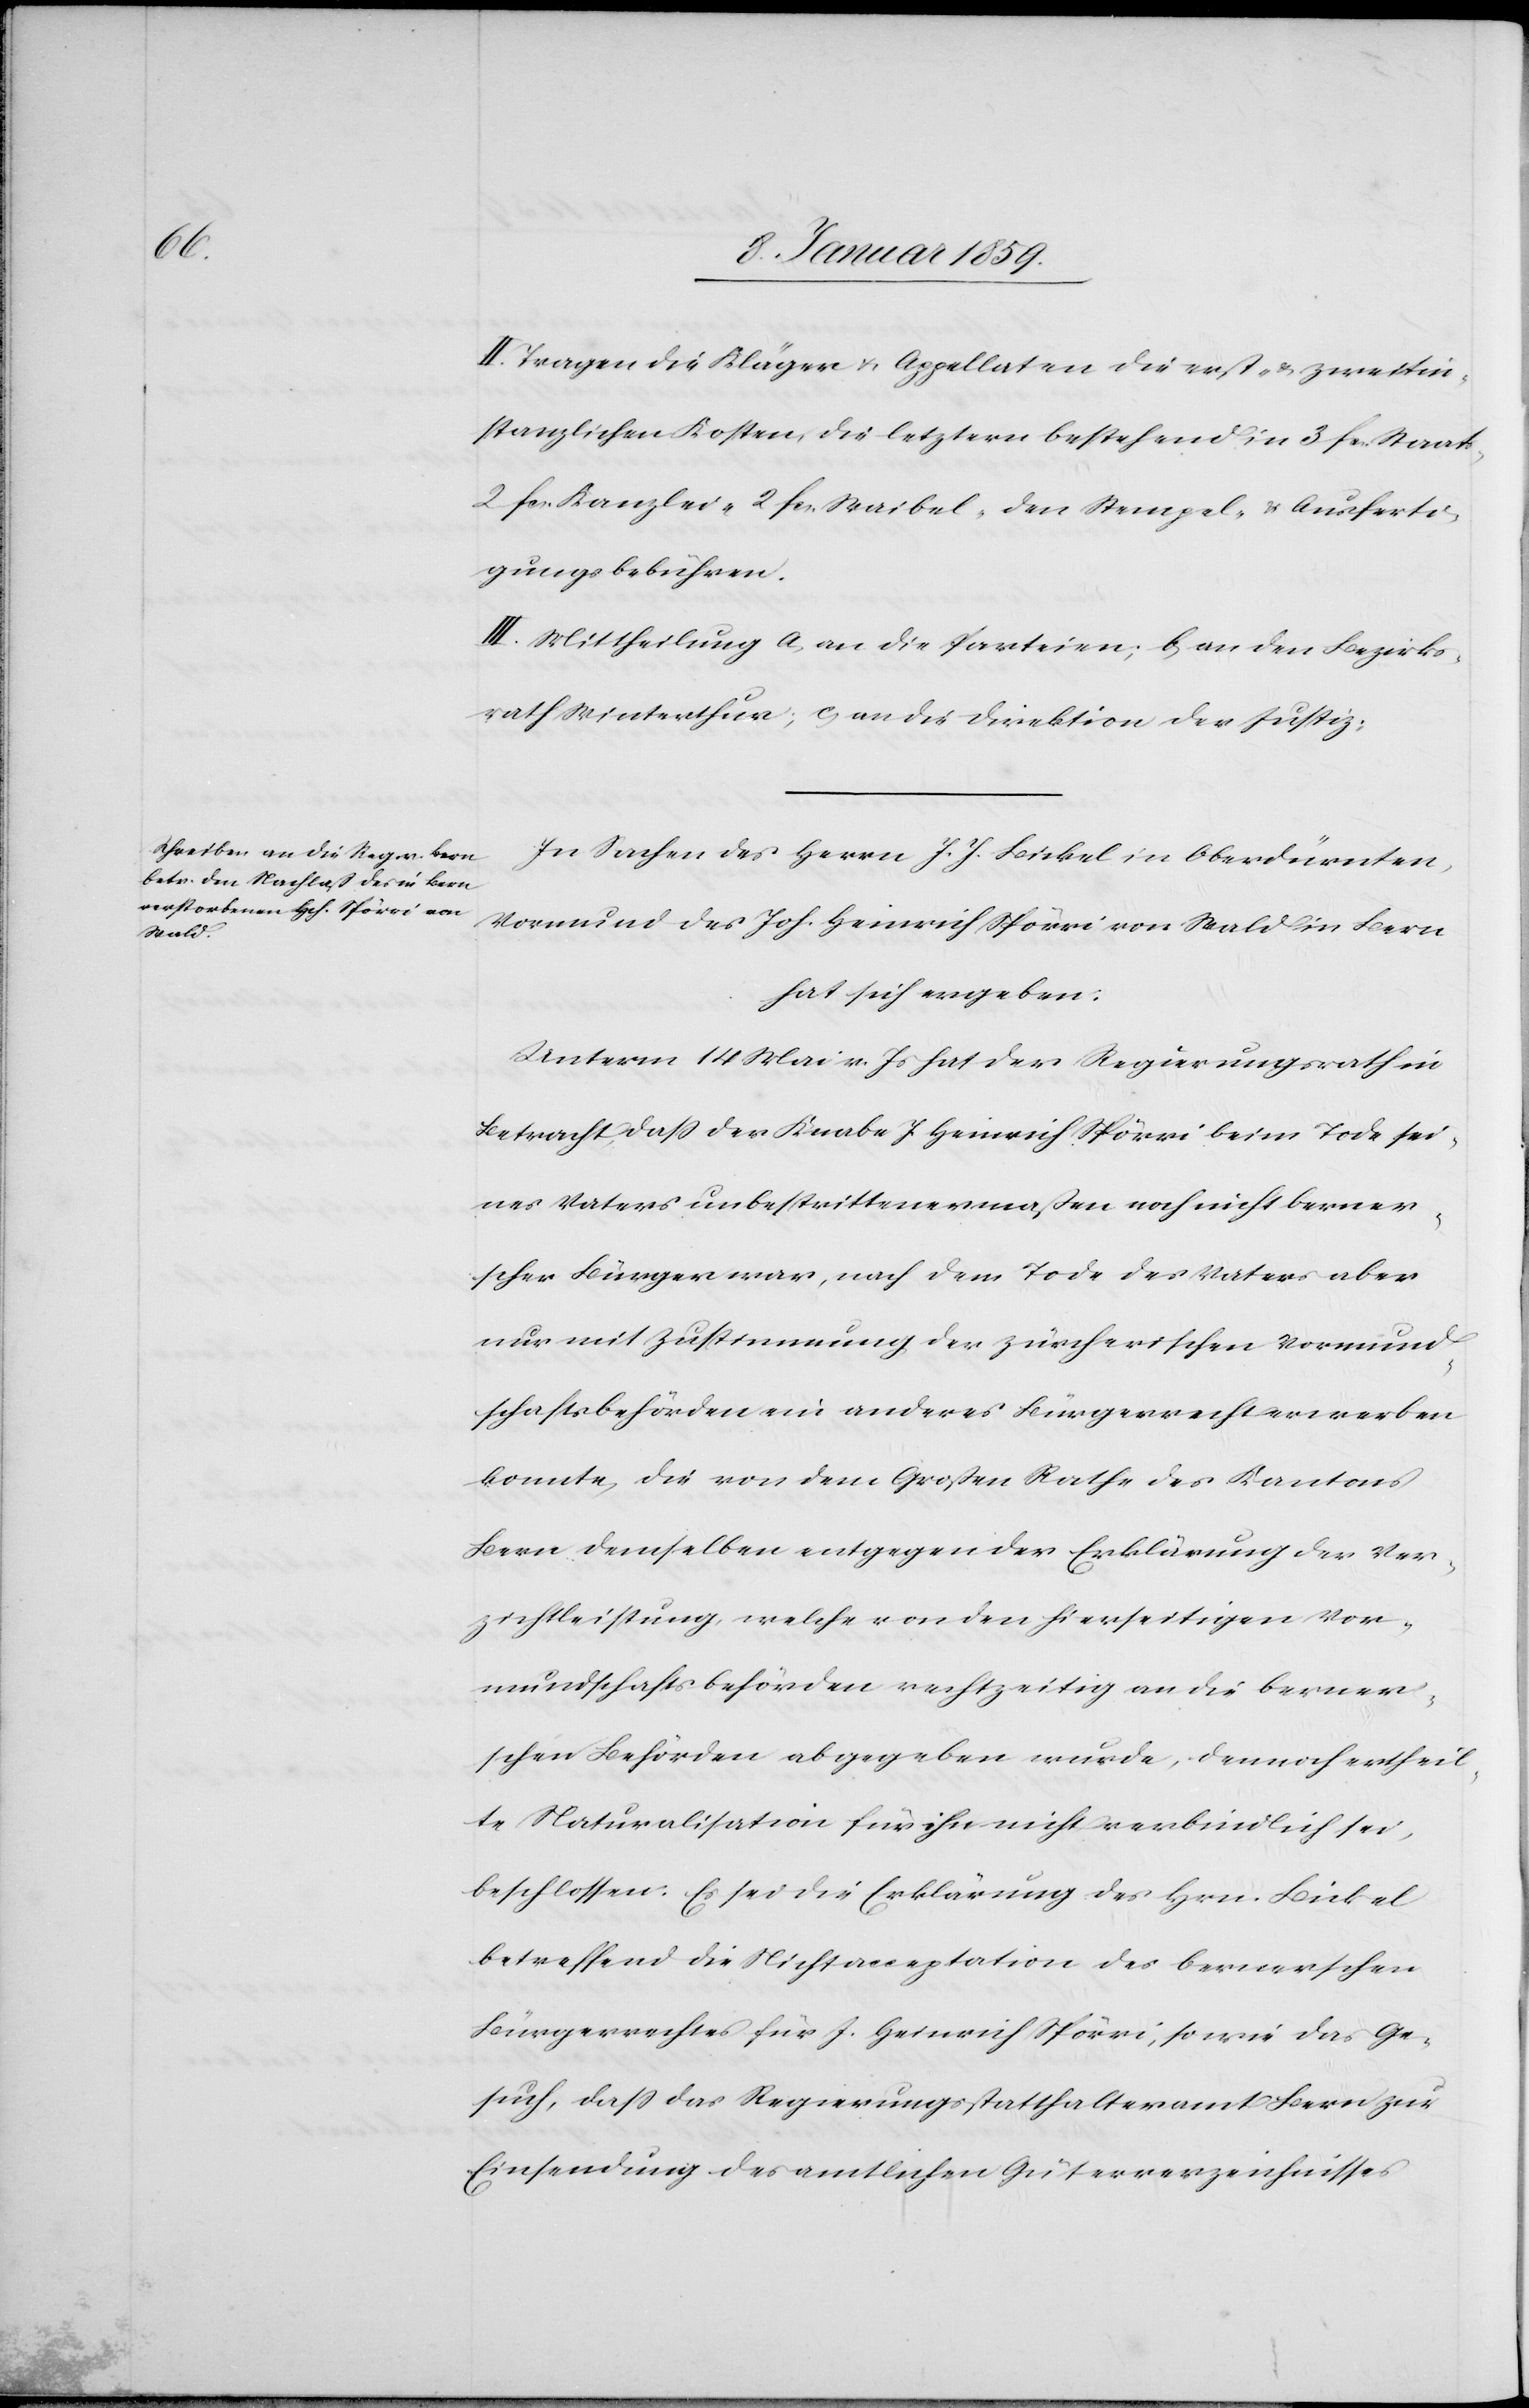
II. Tragen die Kläger u. Appellaten die erst- & zweitin¬
stanzlichen Kosten, die letzern bestehend in 3 fcs. Staats-,
2 fcs. Kanzlei-[,] 1 fcs. Waibel-, den Stempel- u. Ausferti¬
gungsbebühren
III. Mittheilung a, an die Parteien; b, an den Bezirks¬
rath Winterthur; c, an die Direktion der Justiz.
In Sachen des Herrn J. J. Bickel in Oberdürnten,
Vormund des Joh. Heinrich Spörri von Wald in Bern
hat sich ergeben:
Unterm 14 Mai v. Js. hat der Regierungsrath in
Betracht, daß der Knabe J. Heinrich Spörri beim Tode sei¬
nes Vaters unbestrittenermaßen noch nicht berner¬
scher Bürger war, nach dem Tode des Vaters aber
nur mit Zustimmung der zürcherischen Vormund¬
schaftsbehörden ein anderes Bürgerrecht erwerben
konnte, die von dem Großen Rathe des Kantons
Bern demselben entgegen der Erklärung der Ver¬
zichtleistung, welche von den hierseitigen Vor¬
mundschaftsbehörden rechtzeitig an die berner¬
ischen Behörden abgegeben wurde, dennoch ertheil¬
te Naturalisation für ihn nicht verbindlich sei,
beschlossen. Es sei die Erklärung des Hrn. Bickel
betreffend die Nichtacceptation des bernerschen
Bürgerrechtes für J. Heinrich Spörri, so wie das Ge¬
such, daß das Regierungsstatthalteramt Bern zur
Einsendung des amtlichen Güterverzeichnisses